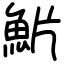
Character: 魸